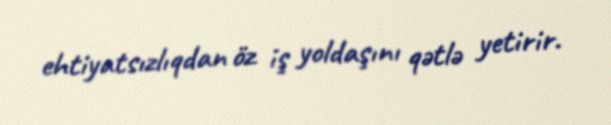
ehtiyatsızlıqdan öz iş yoldaşını qətlə yetirir.